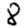
Digit: 8